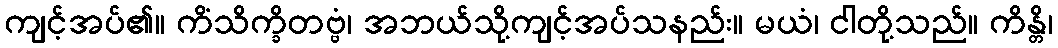
ကျင့်အပ်၏။ ကိံသိက္ခိတဗ္ဗံ၊ အဘယ်သို့ကျင့်အပ်သနည်း။ မယံ၊ ငါတို့သည်။ ကိန္တိ၊